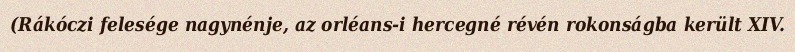
(Rákóczi felesége nagynénje, az orléans-i hercegné révén rokonságba került XIV.